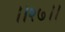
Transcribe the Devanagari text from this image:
।।२७।।